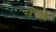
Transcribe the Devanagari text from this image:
स्वरैक्य